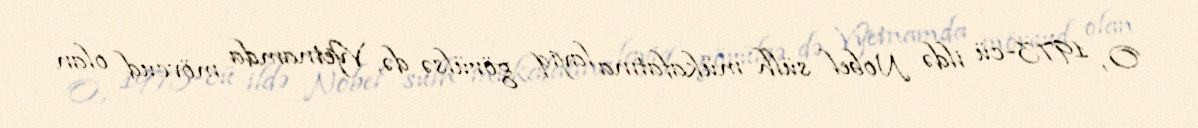
O, 1973-cü ildə Nobel sülh mükafatına layiq görülsə də, Vyetnamda mövcud olan